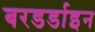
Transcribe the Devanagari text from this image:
बरडर्डाइन